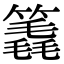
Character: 𥳈